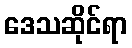
ဒေသဆိုင်ရာ